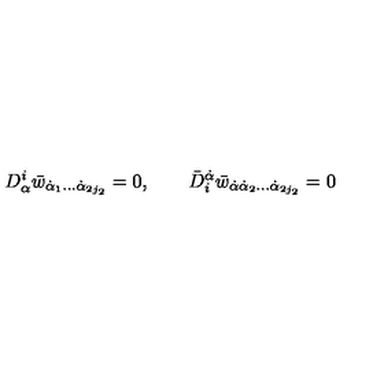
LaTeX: D _ { \alpha } ^ { i } \bar { w } _ { \dot { \alpha } _ { 1 } \ldots \dot { \alpha } _ { 2 j _ { 2 } } } = 0 , \qquad \bar { D } _ { i } ^ { \dot { \alpha } } \bar { w } _ { \dot { \alpha } \dot { \alpha } _ { 2 } \ldots \dot { \alpha } _ { 2 j _ { 2 } } } = 0